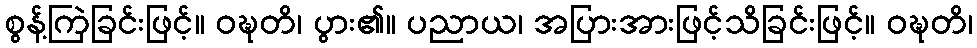
စွန့်ကြဲခြင်းဖြင့်။ ဝဍ္ဎတိ၊ ပွား၏။ ပညာယ၊ အပြားအားဖြင့်သိခြင်းဖြင့်။ ဝဍ္ဎတိ၊